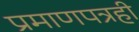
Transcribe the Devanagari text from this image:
प्रमाणपत्रही